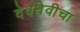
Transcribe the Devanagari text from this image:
देवघेवीचा